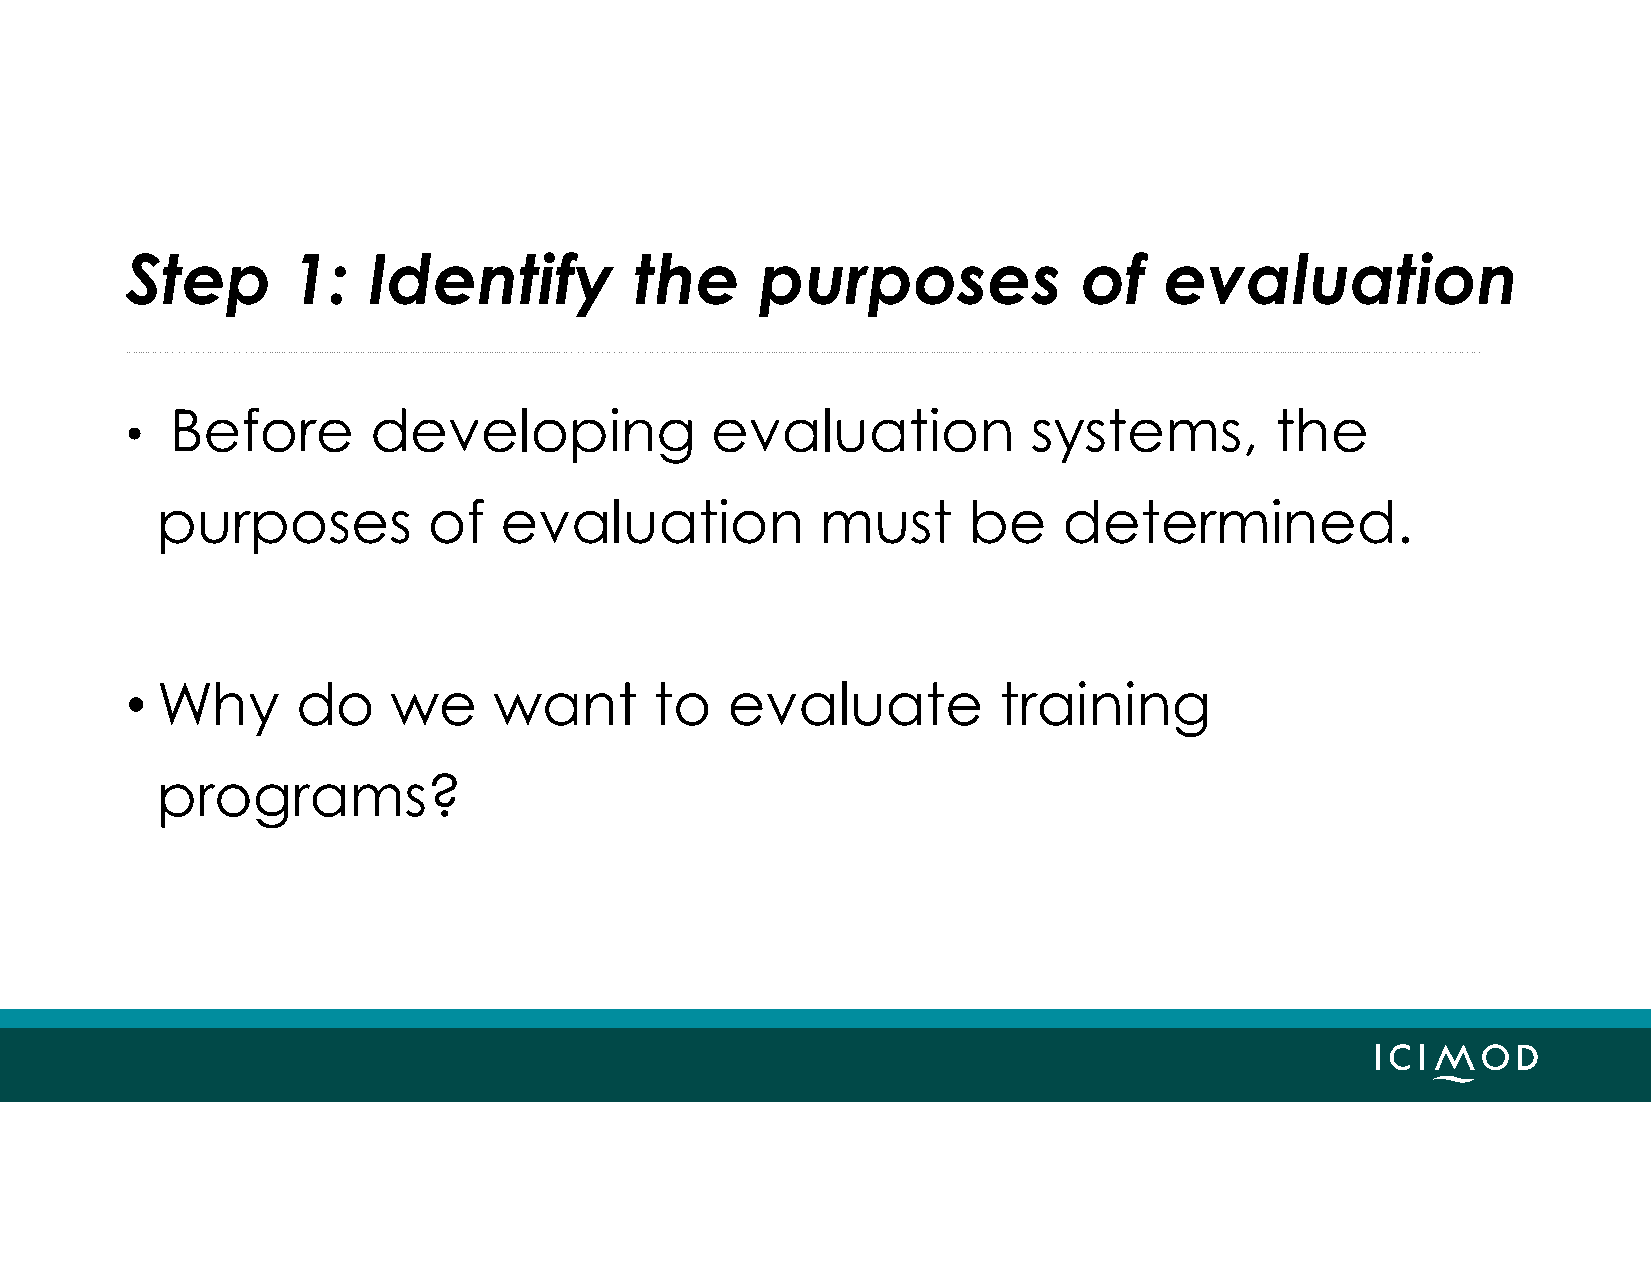
Step       1:   Identify          the     purposes              of   evaluation
 Before        developing            evaluation           systems,        the
 •
 purposes          of   evaluation           must      be    determined.
 • Why       do    we     want      to   evaluate          training
 programs?